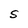
Character: S